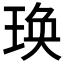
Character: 𤥺